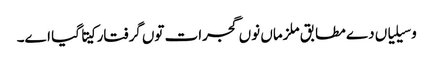
وسیلیاں دے مطابق ملزماں نوں گجرات توں گرفتار کیتا گیا اے۔